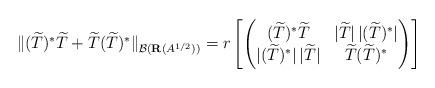
LaTeX: \begin{align*}\|(\widetilde{T})^{*}\widetilde{T}+\widetilde{T}(\widetilde{T})^{*}\|_{\mathcal{B}(\mathbf{R}(A^{1/2}))}=r\left[\begin{pmatrix}(\widetilde{T})^{*}\widetilde{T}& |\widetilde{T}|\,|(\widetilde{T})^{*}|\\|(\widetilde{T})^{*}|\,|\widetilde{T}|&\widetilde{T}(\widetilde{T})^{*}\end{pmatrix}\right]\end{align*}